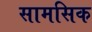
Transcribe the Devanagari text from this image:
सामसिक